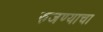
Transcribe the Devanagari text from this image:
रुजण्याचा